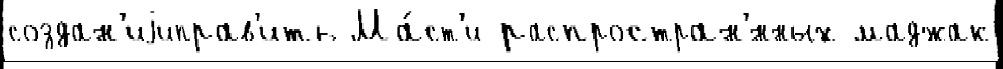
создан'иjиправ'ить Ма́ст'и распростран'́нных маджак